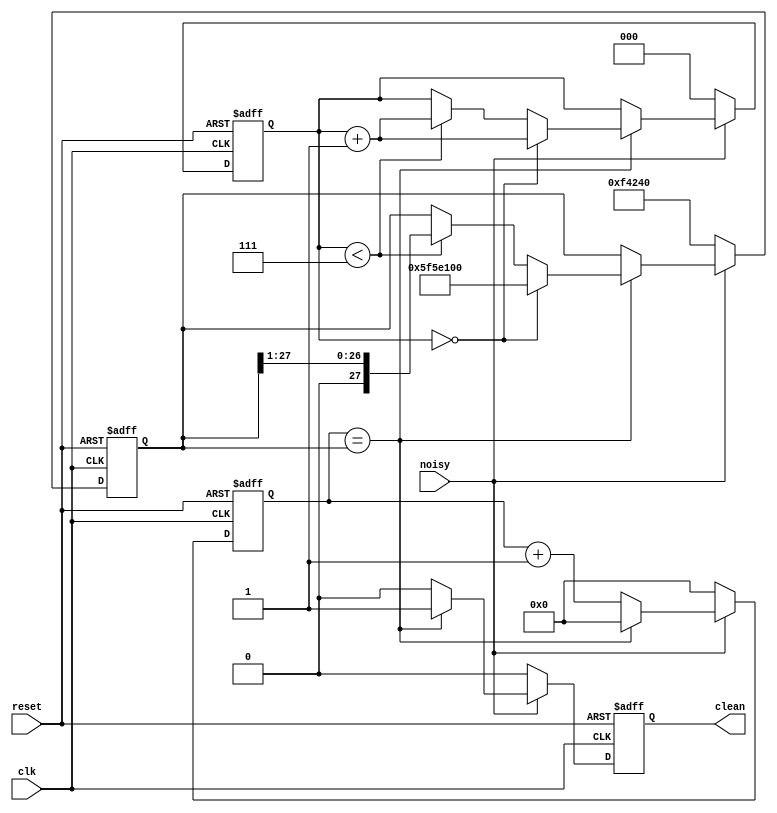
module debounce (clk, reset, noisy, clean);
parameter DEBOUNCE = 1000000;	//0.01 sec with a 100 Mhz clock at the start
parameter DELAY = 100000000;	//1 sec with a 100 Mhz clock at the start
input wire clk, reset, noisy;
output reg clean;

reg [27:0] count;
reg [27:0]delay;
reg [2:0]step;

always @ (posedge clk or posedge reset) begin
	if(reset == 1) begin
		clean 		<= 1'b0;
		count		<= 20'd0;
		delay		<= DEBOUNCE;	//debounce delay
		step		<= 3'b0;
	end
	else begin
		if (noisy == 1'b1) begin
			if (count == delay) begin	//every time delay gets halved
				clean		<= 1'b1;
				count		<= 20'd0;
				if (step == 0) begin
					delay <= DELAY;		//max delay
					step <= step + 3'b1;
				end
				else if (step < 7) begin
					delay <= delay >> 1;	//delay/2
					step <= step + 3'b1;
				end
			end
			else begin
				clean <= 1'b0;
				count <= count + 20'd1;
			end
		end
		else begin
			clean 		<= 1'b0;
			count		<= 20'd0;
			delay		<= DEBOUNCE;	//debounce delay
			step		<= 3'b0;
		end
	end
end
endmodule